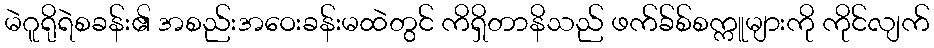
မဲဂူရိုရဲစခန်း၏ အစည်းအဝေးခန်းမထဲတွင် ကိရှိတာနိသည် ဖက်ခ်စ်စက္ကူများကို ကိုင်လျက်